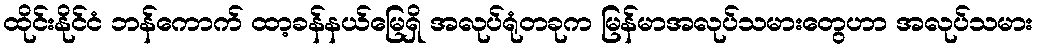
ထိုင်းနိုင်ငံ ဘန်ကောက် ထာ့ခန်နယ်မြေရှိ အလုပ်ရုံတခုက မြန်မာအလုပ်သမားတွေဟာ အလုပ်သမား